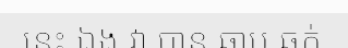
នេះ ឯង វា បាន ឆាប ឆក់